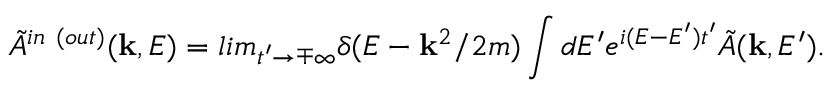
\tilde { A } ^ { i n ~ ( o u t ) } ( { \bf k } , E ) = l i m _ { t ^ { \prime } \rightarrow \mp \infty } \delta ( E - { \bf k } ^ { 2 } / 2 m ) \int d E ^ { \prime } e ^ { i ( E - E ^ { \prime } ) t ^ { \prime } } \tilde { A } ( { \bf k } , E ^ { \prime } ) .